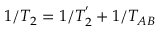
1 / T _ { 2 } = 1 / T _ { 2 } ^ { ' } + 1 / T _ { A B }